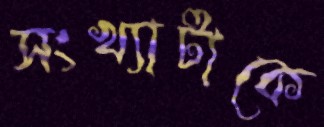
সংখ্যাটাকে